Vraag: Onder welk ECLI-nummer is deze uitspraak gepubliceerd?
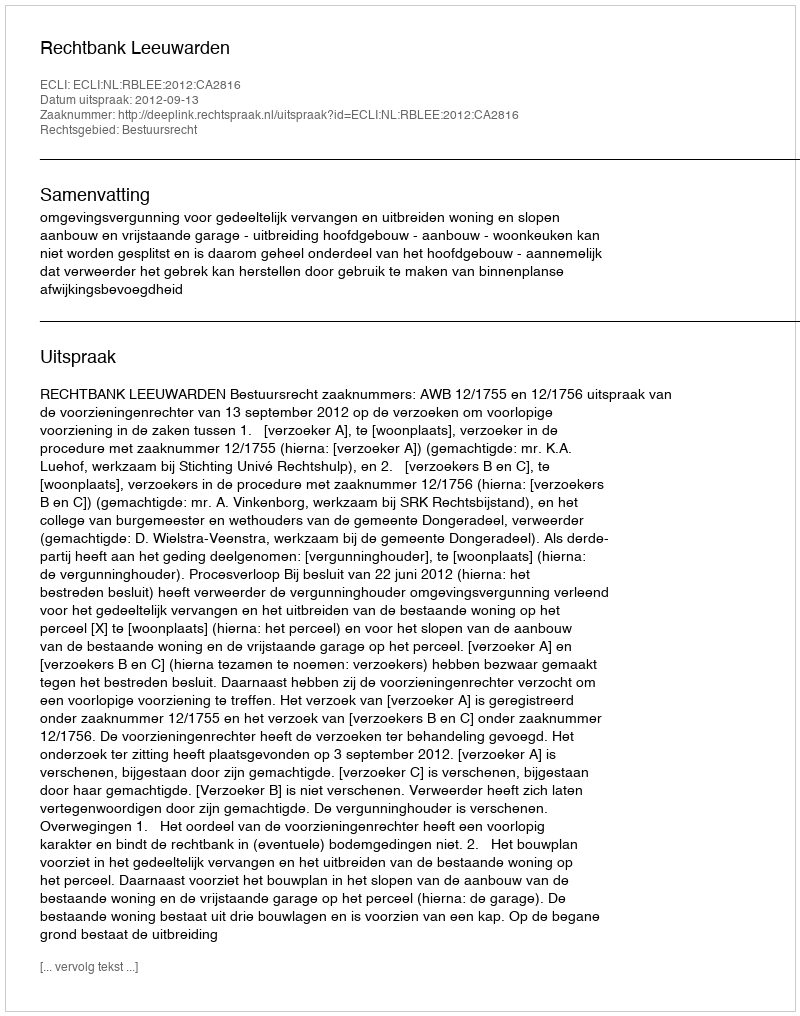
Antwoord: ECLI:NL:RBLEE:2012:CA2816